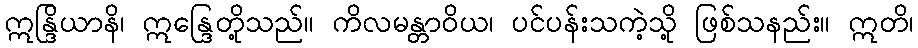
ဣန္ဒြိယာနိ၊ ဣန္ဒြေတို့သည်။ ကိလမန္တာဝိယ၊ ပင်ပန်းသကဲ့သို့ ဖြစ်သနည်း။ ဣတိ၊